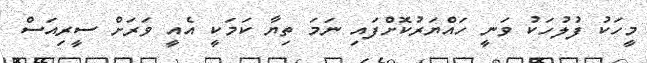
މީހަކު ފުލުހަކު ވަނީ ހައްޔަރުކޮށްފައި ނަމަ ތިޔާ ކަމަކީ އެއީ ވަރަށް ސީރިއަސް